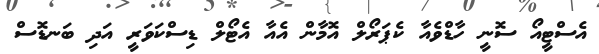
އެސްޓީއޯ ސޮނީ ހާޑްވެއާ ކެޕަރޯލް އޮމާން އެއާ އެޓޯލް ޑިސްކަވަރީ އަދި ބަނޑޮސް